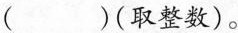
( ) (取整数)。